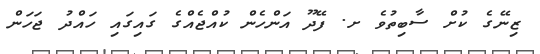
ޒިނޭގެ ކުށް ސާބިތުވެ ށ. ފޭދޫ އަންހެން ކުއްޖެއްގެ ގައިގައި ހައްދު ޖަހަން